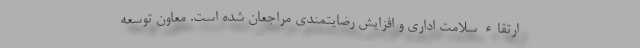
ارتقاء سلامت اداری و افزایش رضایتمندی مراجعان شده است. معاون توسعه